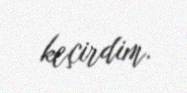
keçirdim.